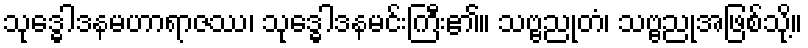
သုဒ္ဓေါဒနမဟာရာဇဿ၊ သုဒ္ဓေါဒနမင်းကြီး၏။ သဗ္ဗညုတံ၊ သဗ္ဗညုအဖြစ်သို့။